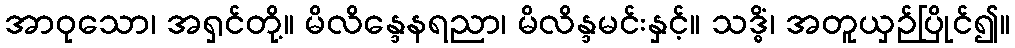
အာဝုသော၊ အရှင်တို့။ မိလိန္ဒေနရညာ၊ မိလိန္ဒမင်းနှင့်။ သဒ္ဓိံ၊ အတူယှဉ်ပြိုင်၍။